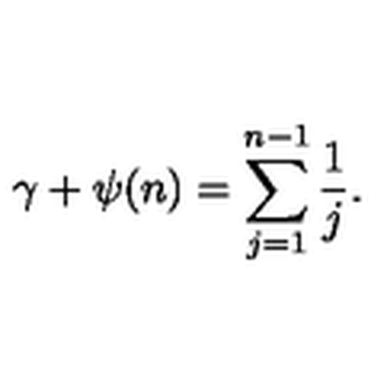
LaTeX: \gamma + \psi ( n ) = \sum _ { j = 1 } ^ { n - 1 } \frac { 1 } { j } .